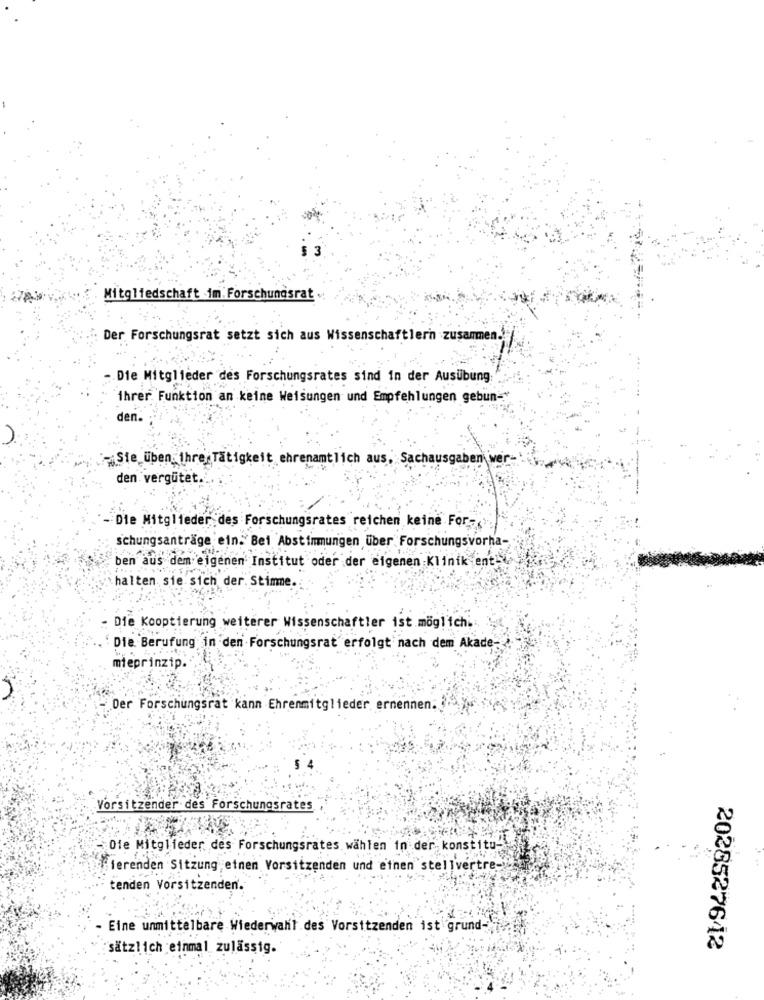
Mitgliedschaft im: Forschungsrat
Der Forschungsrat setzt sich aus Wissenschaftlern zusammen.
Die Mitglieder des Forschungsrates sind in der Ausübung:
ihrer Funktion an keine Weisungen und Empfehlungen gebun-"
de
Sie üben ihre Tätigkeit ehrenamtlich aus, Sachausgaben wer-
den vergütet.
Die Mitglieder des Forschungsrates reichen keine For-
schungsanträge ein. Bei Abstimmungen über Forschungsvorha-
ben aus dem eigenen Institut oder der eigenen Klinik ent
halten sie sich der. Stimme
Die Kooptierung weiterer Wissenschaftler ist.möglich ...
Die Berufung in den Forschungsrat erfolgt nach dem Akade-
mieprinzip.
Der Forschungsrat kann Ehrenmitglieder ernennen.
Vorsitzender des Forschungsrates
-Ofe Mitglieder des Forschungsrates wahlen in der konstitu-
ierenden Sitzung etnen Vorsitzenden und einen stellvertre-
tenden Vorsitzenden.
Eine unmittelbare Wiederwahl des Vorsitzenden ist grund-
sätzlich einmal zulässig.
2028527642